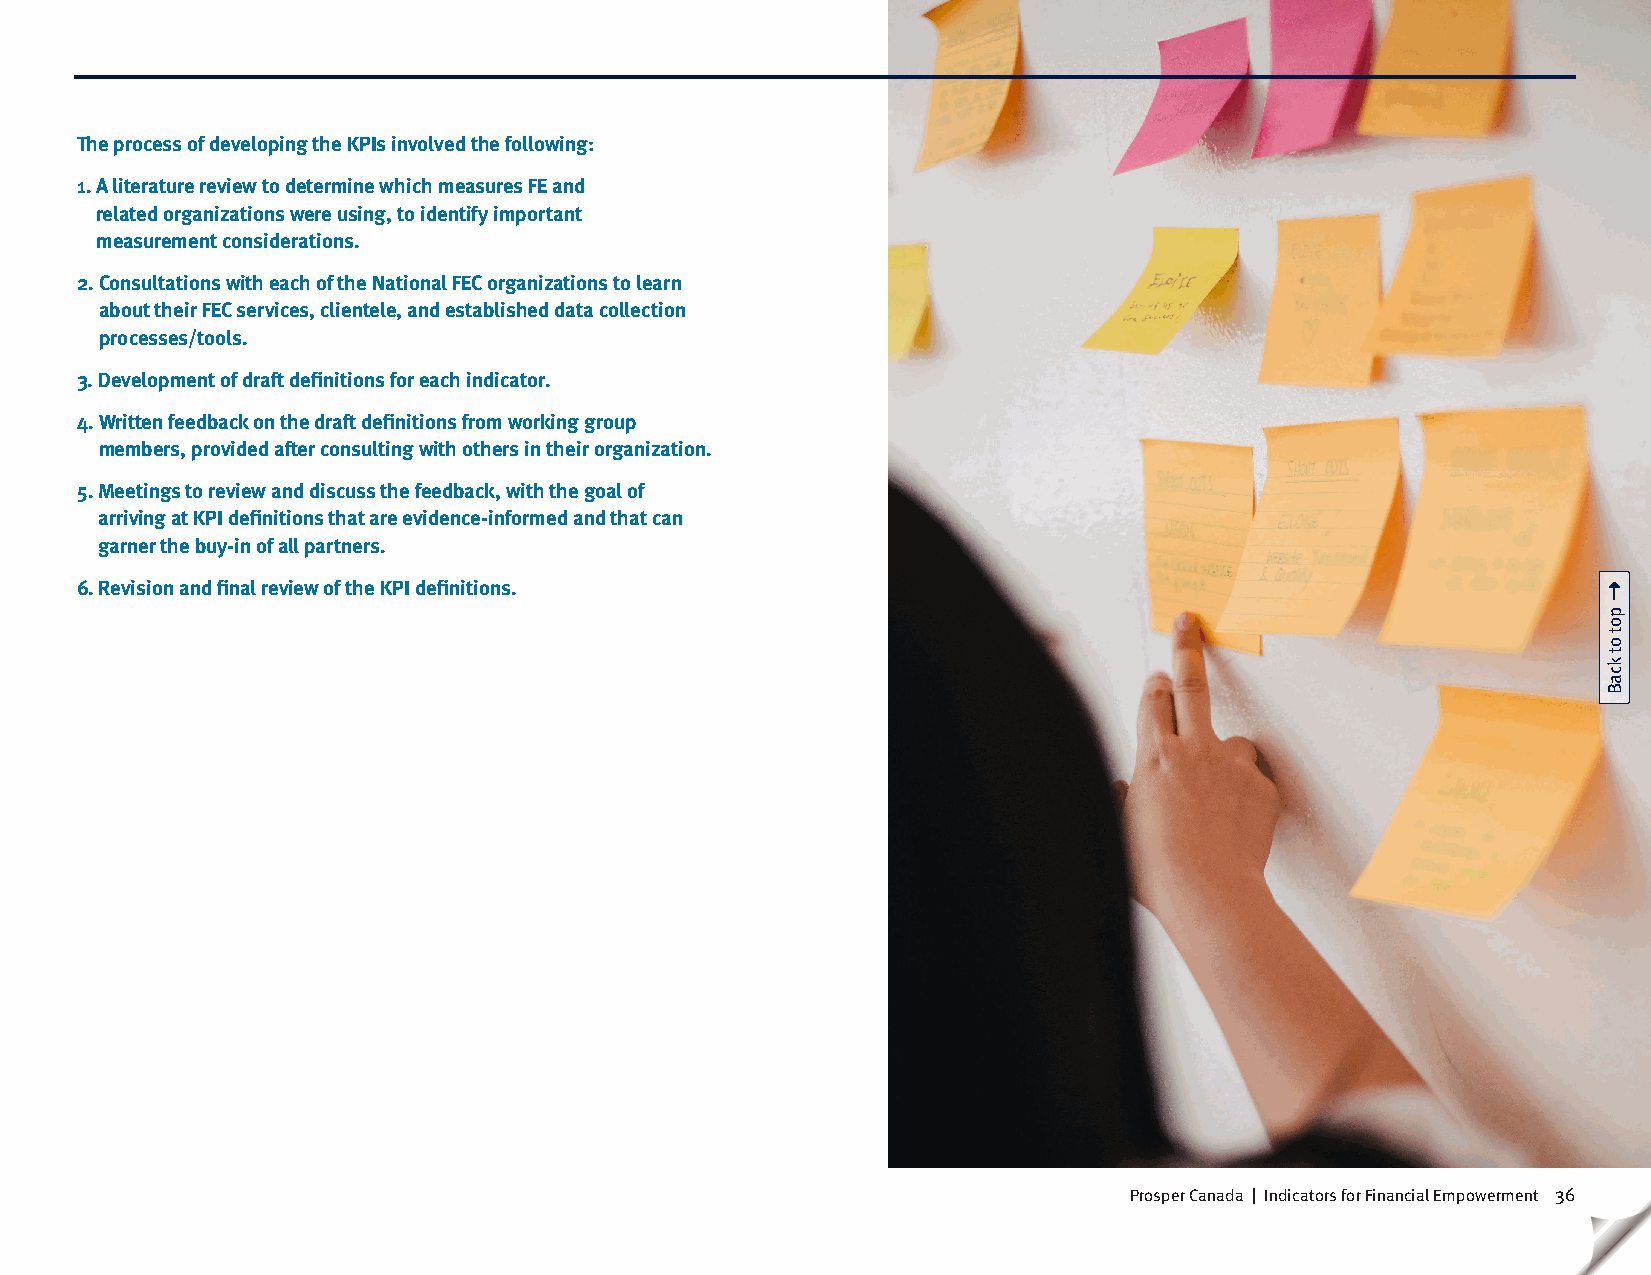
The process of developing the KPIs involved the following:
 1. A literature review to determine which measures FE and
 related organizations were using, to identify important
 measurement considerations.
 2. Consultations with each of the National FEC organizations to learn
 about their FEC services, clientele, and established data collection
 processes/tools.
 3. Development of draft definitions for each indicator.
 4. Written feedback on the draft definitions from working group
 members, provided after consulting with others in their organization.
 5. Meetings to review and discuss the feedback, with the goal of
 arriving at KPI definitions that are evidence-informed and that can
 garner the buy-in of all partners.
 6. Revision and final review of the KPI definitions.
 Prosper Canada | Indicators for Financial Empowerment 36
 pot
 ot
 kcaB